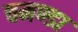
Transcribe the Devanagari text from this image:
चमण्डा